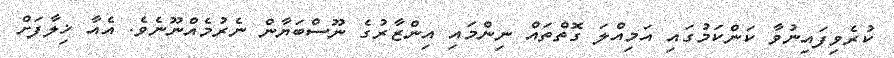
ކުރެވިފައިނުވާ ކަންކަމުގައި އަމިއްލަ ގޮތްތައް ނިންމައި އިންޒާރުގެ ނޫސްބަޔާން ނެރުމެއްނޫނެވެ. އެއާ ޚިލާފަށް